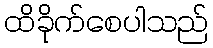
ထိခိုက်စေပါသည်